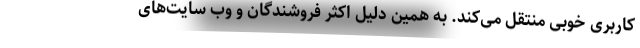
کاربری خوبی منتقل می‌کند. به همین دلیل اکثر فروشندگان و وب سایت‌های